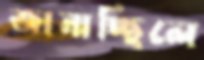
জানাচ্ছিলে